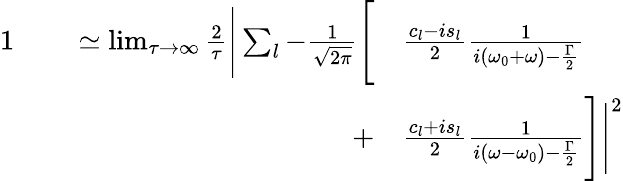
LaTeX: \begin{array}{rl}{{1}\qquad\simeq\operatorname*{lim}_{\tau\to\infty}\frac{2}{\tau}\Bigg|\sum_{l}-\frac{1}{\sqrt{2\pi}}\Bigg[}&{\frac{c_{l}-is_{l}}{2}\frac{1}{i(\omega_{0}+\omega)-\frac{\Gamma}{2}}}\\ {+}&{\frac{c_{l}+is_{l}}{2}\frac{1}{i(\omega-\omega_{0})-\frac{\Gamma}{2}}\Bigg]\Bigg|^{2}}\end{array}